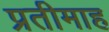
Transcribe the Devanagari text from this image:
प्रतीमाह